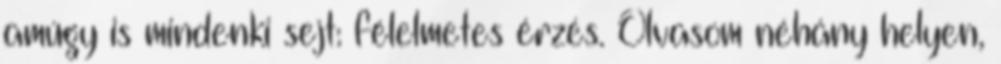
amúgy is mindenki sejt: félelmetes érzés. Olvasom néhány helyen,